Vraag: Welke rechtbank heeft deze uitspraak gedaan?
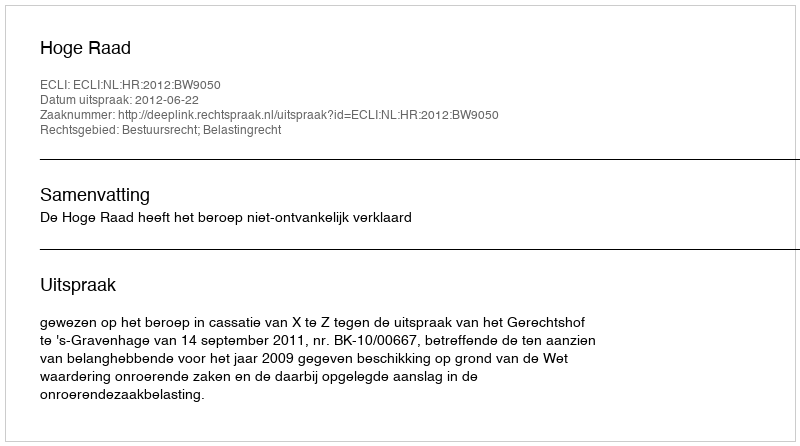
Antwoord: Hoge Raad